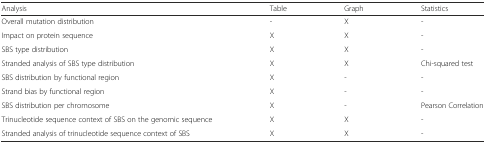
| Analysis | Table | Graph | Statistics |
 | --- | --- | --- | --- |
 | Overall mutation distribution | - | X | - |
 | Impact on protein sequence | X | X | - |
 | SBS type distribution | X | X | - |
 | Stranded analysis of SBS type distribution | X | X | Chi-squared test |
 | SBS distribution by functional region | X | - | - |
 | Strand bias by functional region | X | - | - |
 | SBS distribution per chromosome | X | - | Pearson Correlation |
 | Trinucleotide sequence context of SBS on the genomic sequence | X | X | - |
 | Stranded analysis of trinucleotide sequence context of SBS | X | X | - |